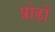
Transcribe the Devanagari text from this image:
प्रोढ़ों